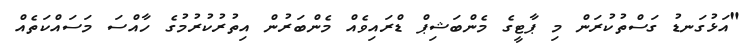
"އަޅުގަނޑު ގަސްތުކުރަން މި ޕާޓީގެ މެންބަޝިޕް ޑްރައިވެއް މެންބަރުން އިތުރުކުރުމުގެ ހާއްސަ މަސައްކަތެއް